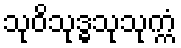
သုဝိသုဒ္ဓသုသုက္ကံ